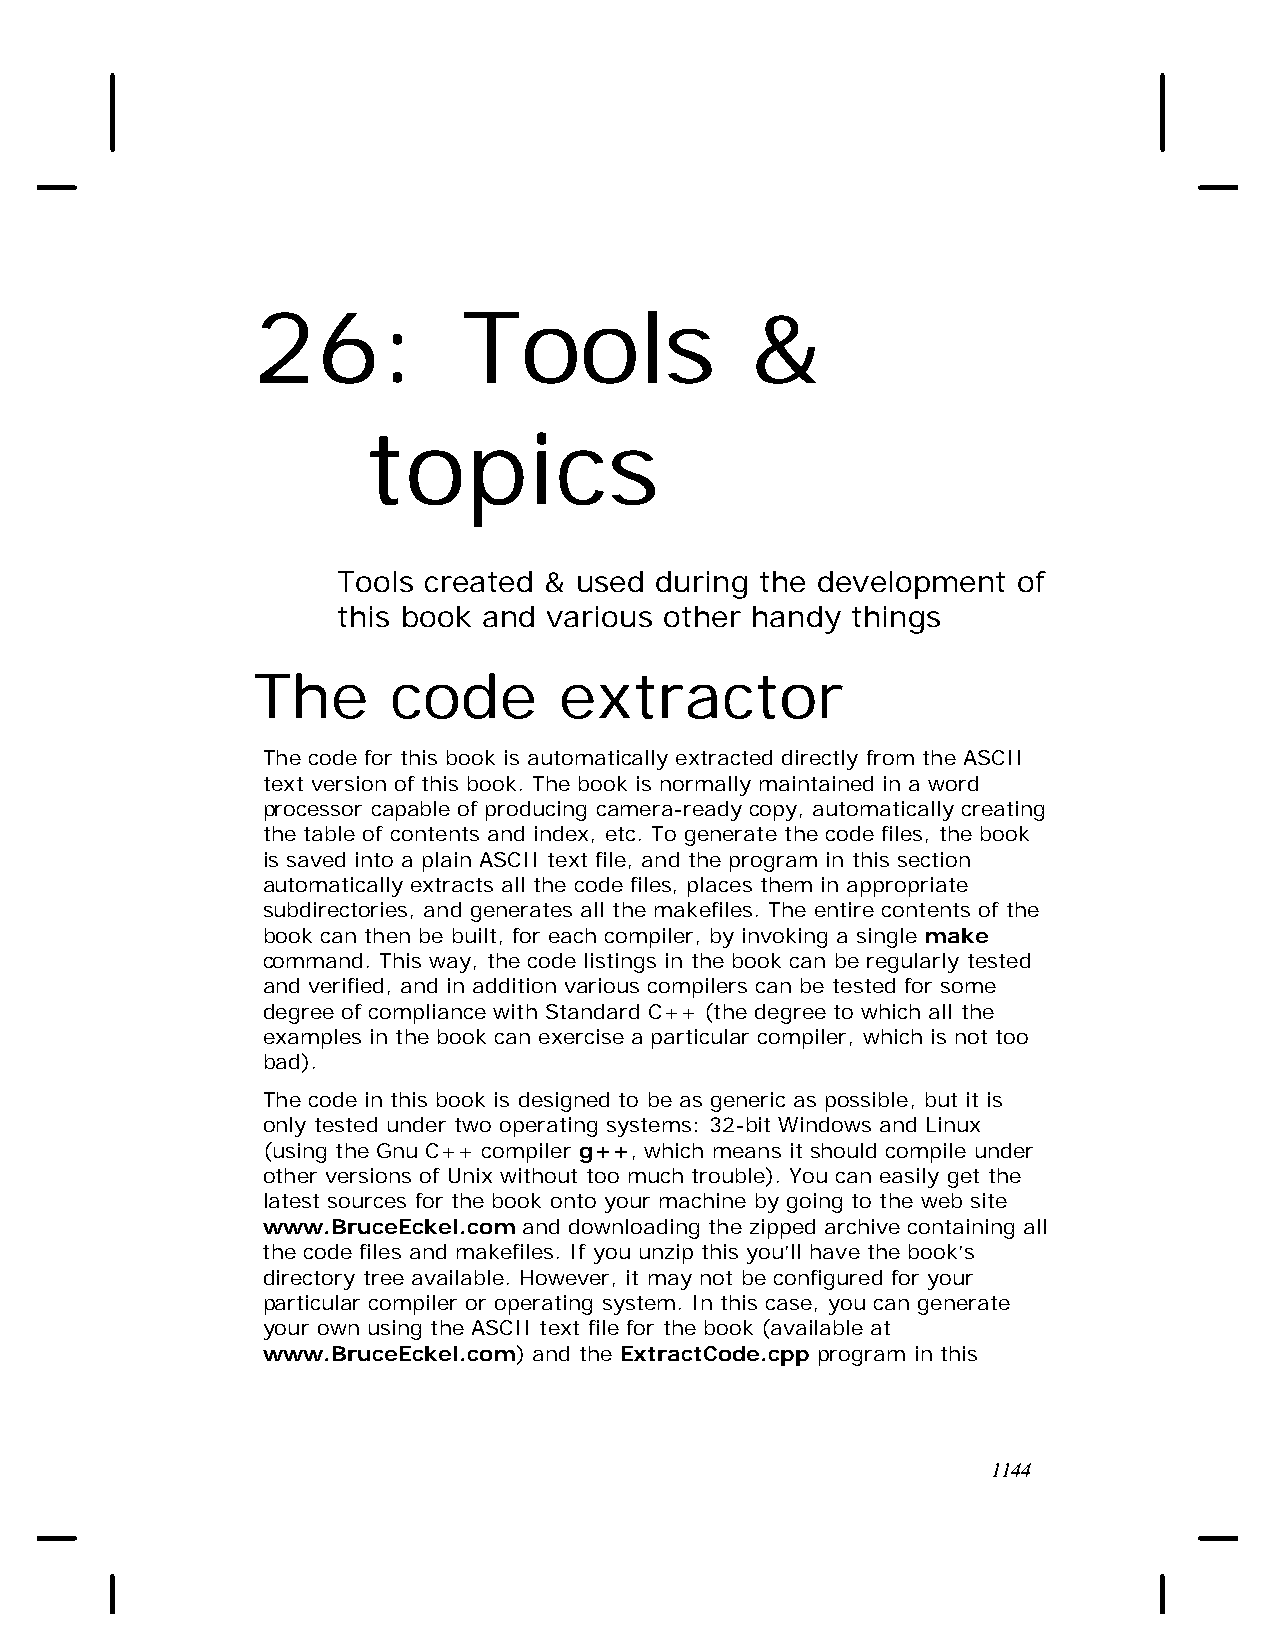
26:           Tools              &
 topics
 Tools created & used during the development  of
 this book and various other handy things
 The      code       extractor
 The code for this book is automatically extracted directly from the ASCII
 text version of this book. The book is normally maintained in a word
 processor capable of producing camera-ready copy, automatically creating
 the table of contents and index, etc. To generate the code files, the book
 is saved into a plain ASCII text file, and the program in this section
 automatically extracts all the code files, places them in appropriate
 subdirectories, and generates all the makefiles. The entire contents of the
 book can then be built, for each compiler, by invoking a single make
 command. This way, the code listings in the book can be regularly tested
 and verified, and in addition various compilers can be tested for some
 degree of compliance with Standard C++ (the degree to which all the
 examples in the book can exercise a particular compiler, which is not too
 bad).
 The code in this book is designed to be as generic as possible, but it is
 only tested under two operating systems: 32-bit Windows and Linux
 (using the Gnu C++ compiler g++, which means it should compile under
 other versions of Unix without too much trouble). You can easily get the
 latest sources for the book onto your machine by going to the web site
 www.BruceEckel.com and downloading the zipped archive containing all
 the code files and makefiles. If you unzip this you’ll have the book’s
 directory tree available. However, it may not be configured for your
 particular compiler or operating system. In this case, you can generate
 your own using the ASCII text file for the book (available at
 www.BruceEckel.com) and the ExtractCode.cpp program in this
 1144